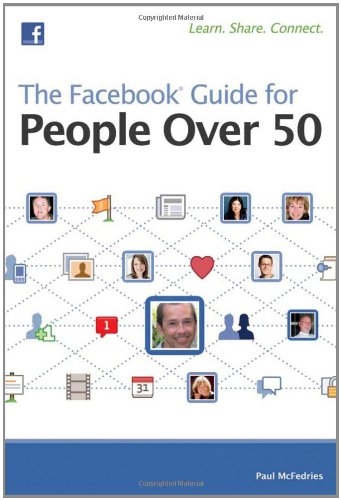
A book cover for The Facebook Guide for People Over 50; Paul McFedries; Computers & Technology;